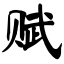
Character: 赋